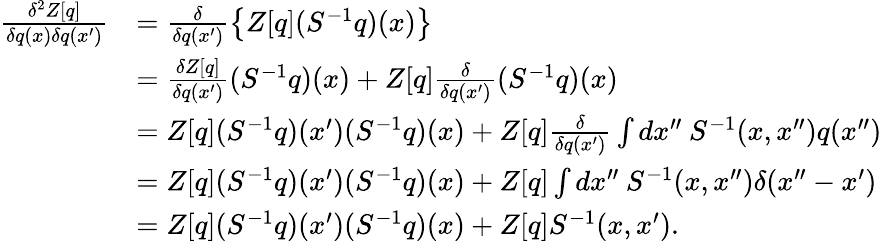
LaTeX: \begin{array}{rl}{\frac{\delta^{2}Z[q]}{\delta q(x)\delta q(x^{\prime})}}&{=\frac{\delta}{\delta q(x^{\prime})}\left\{ Z[q](S^{-1}q)(x)\right\} }\\ &{=\frac{\delta Z[q]}{\delta q(x^{\prime})}(S^{-1}q)(x)+Z[q]\frac{\delta}{\delta q(x^{\prime})}(S^{-1}q)(x)}\\ &{=Z[q](S^{-1}q)(x^{\prime})(S^{-1}q)(x)+Z[q]\frac{\delta}{\delta q(x^{\prime})}\int dx^{\prime\prime}\: S^{-1}(x,x^{\prime\prime})q(x^{\prime\prime})}\\ &{=Z[q](S^{-1}q)(x^{\prime})(S^{-1}q)(x)+Z[q]\int dx^{\prime\prime}\: S^{-1}(x,x^{\prime\prime})\delta(x^{\prime\prime}-x^{\prime})}\\ &{=Z[q](S^{-1}q)(x^{\prime})(S^{-1}q)(x)+Z[q]S^{-1}(x,x^{\prime}).}\end{array}